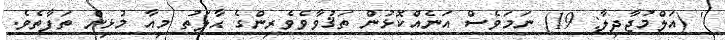
' (އަލްމުޖާދިލާ: 19) ނަމަވެސް އަނެއްކޮޅުން ތަޤުވާވެވެރިންގެ ޙާލަތު މިއާ މުޅިން ތަފާތެވެ.